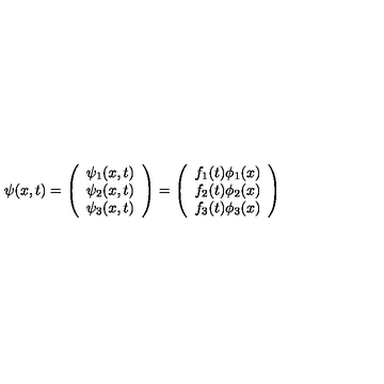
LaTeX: \psi ( x , t ) = \left( \begin{array} { c } { \psi _ { 1 } ( x , t ) } \\ { \psi _ { 2 } ( x , t ) } \\ { \psi _ { 3 } ( x , t ) } \\ \end{array} \right) = \left( \begin{array} { c } { f _ { 1 } ( t ) \phi _ { 1 } ( x ) } \\ { f _ { 2 } ( t ) \phi _ { 2 } ( x ) } \\ { f _ { 3 } ( t ) \phi _ { 3 } ( x ) } \\ \end{array} \right)